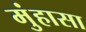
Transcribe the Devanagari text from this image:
मुंहासा